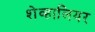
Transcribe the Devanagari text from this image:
शेव्हालियर